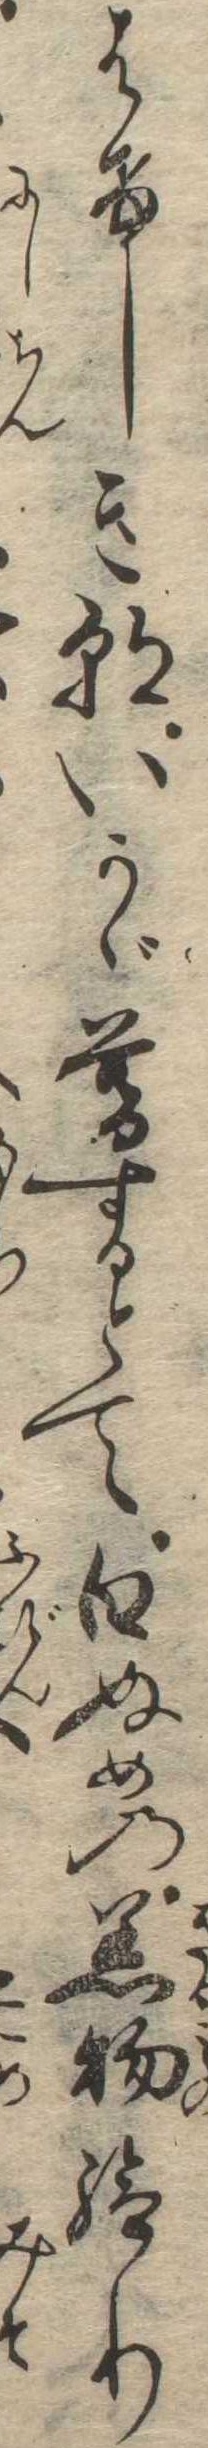
はけしき朝いかゞ暮するとて白ぬめの着物給り